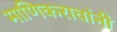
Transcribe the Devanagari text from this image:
माणिकरावांनी